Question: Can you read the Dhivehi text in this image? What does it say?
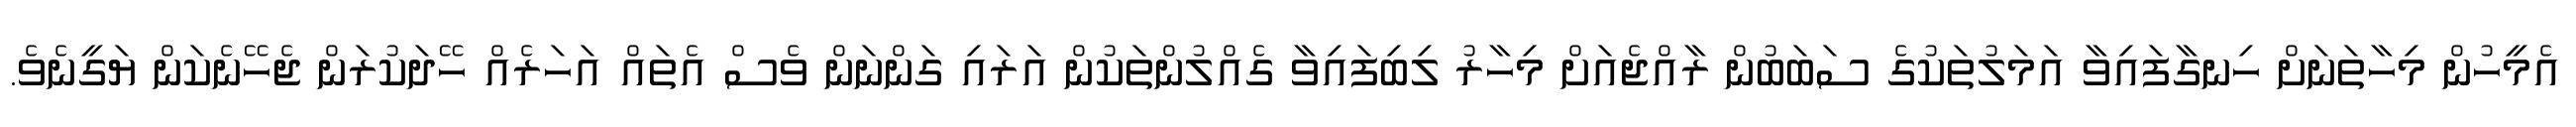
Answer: އެމީހުން މިހާތަނަށް ހިނގާފައިވާ އަމަލުތަކުގެ ސަބަބުން ރާއްޖެއަށް މިހާރު ލިބިފައިވާ ގެއްލުންތަކުން އަރައި ގަންނަން ވެސް އެތައް އަހަރެއް ހޭދަކުރަން ޖެހޭނެކަން ޔަގީނެވެ.